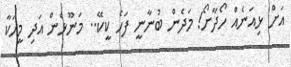
އަށް ޅިއަނެއް ހޯދާށޯ! މަދެން ބުނާނީ ފަހެ ކީކޭ.. މަނޫޅެން އަދި މީހަކާ